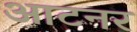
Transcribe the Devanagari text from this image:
आटनर